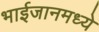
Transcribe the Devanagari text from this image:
भाईजानमध्ये